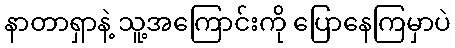
နာတာရှာနဲ့ သူ့အကြောင်းကို ပြောနေကြမှာပဲ